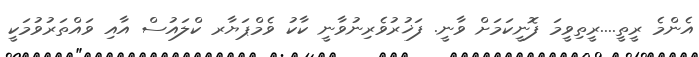
އެންމެ ރީތީ....ރީތިވީމަ ފޮނީކަމަށް ވާނީ. ފަޚުރުވެރިނުވާނީ ކާކު ވެމްޕަޔާރ ކްލައުސް އާއި ވައްތަރުވުމަކީ